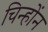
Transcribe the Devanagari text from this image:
चिन्होंन